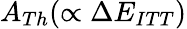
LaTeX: A_{Th}(\propto\Delta E_{ITT})